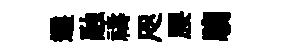
選融禱咫腰騶